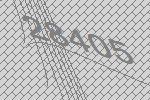
28405